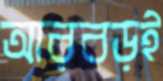
আরবড়ই